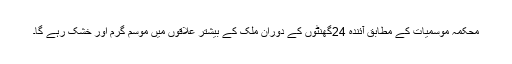
محکمہ موسمیات کے مطابق آئندہ 24گھنٹوں کے دوران ملک کے بیشتر علاقوں میں موسم گرم اور خشک رہے گا۔